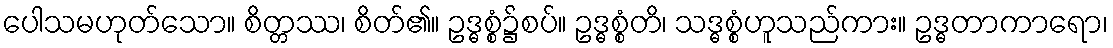
ပေါသမဟုတ်သော။ စိတ္တဿ၊ စိတ်၏။ ဥဒ္ဓစ္စံ၌စပ်။ ဥဒ္ဓစ္စံတိ၊ သဒ္ဓစ္စံဟူသည်ကား။ ဥဒ္ဓတာကာရော၊